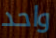
واحد